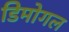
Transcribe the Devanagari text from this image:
डिमोगल